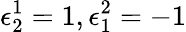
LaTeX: \epsilon_{2}^{1}=1,\epsilon_{1}^{2}=-1